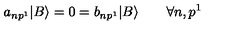
a _ { n p ^ { 1 } } | B \rangle = 0 = b _ { n p ^ { 1 } } | B \rangle \qquad \forall n , p ^ { 1 }